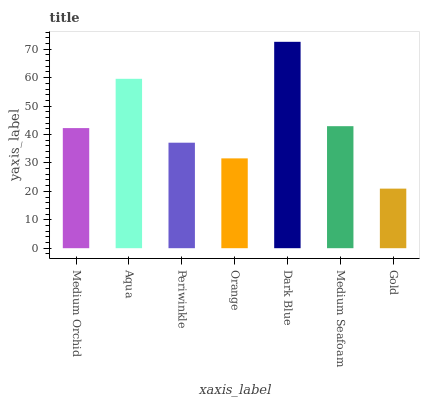
| xaxis_label | bars |
 | --- | --- |
 | Medium Orchid | 42.3 |
 | Aqua | 59.6 |
 | Periwinkle | 37.1 |
 | Orange | 31.6 |
 | Dark Blue | 72.6 |
 | Medium Seafoam | 42.9 |
 | Gold | 21 |